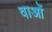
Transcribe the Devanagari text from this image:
वाओं